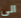
الى